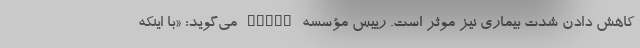
کاهش دادن شدت بیماری نیز موثر است. رییس مؤسسه NIDDK می‌گوید: «با اینکه